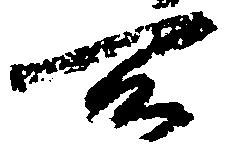
所